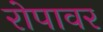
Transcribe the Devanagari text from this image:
रोपावर